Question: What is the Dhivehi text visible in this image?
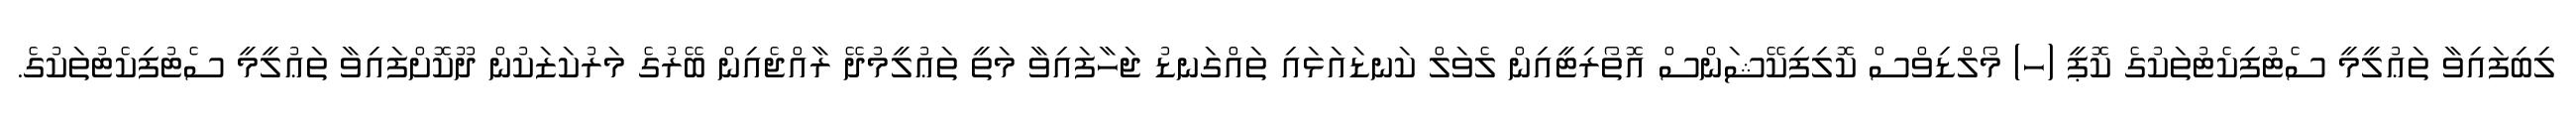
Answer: ލިބިފައިވާ ތަޢުލީމީ ސެޓުފިކެޓުތަކުގެ ކޮޕީ (ހ) މޯލްޑިވްސް ކޮލިފިކޭޝަންސް އޮތޯރިޓީއިން ލެވަލް ކަނޑައަޅައި ތައްގަނޑު ޖަހާފައިވާ މަތީ ތަޢުލީމުދޭ ރާއްޖެއިން ބޭރުގެ މަރުކަޒަކުން ދޫކޮށްފައިވާ ތަޢުލީމީ ސެޓުފިކެޓުތަކުގެ.